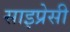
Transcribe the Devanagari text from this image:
साइप्रेसी